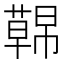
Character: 𮑤